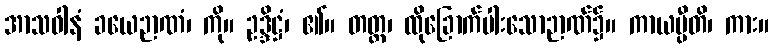
အာသဝါနံ ခယေဉာဏံ၊ ကို။ ဥဒ္ဒိဋ္ဌံ၊ ၏။ တတ္ထ၊ ထိုခြောက်ပါးသောဉာဏ်၌။ ကာယမ္ပီတိ၊ ကား။